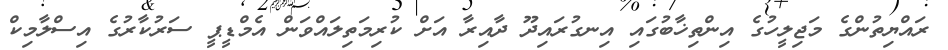
ރައްޔިތުންގެ މަޖިލީހުގެ އިންތިޚާބުގައި އިނގުރައިދޫ ދާއިރާ އަށް ކުރިމަތިލައްވަން އެމްޑީޕީ ސަރުކާރުގެ އިސްލާމިކް